Vaccination in Burma 1920-1933 - 1920-1933
Year: 1920
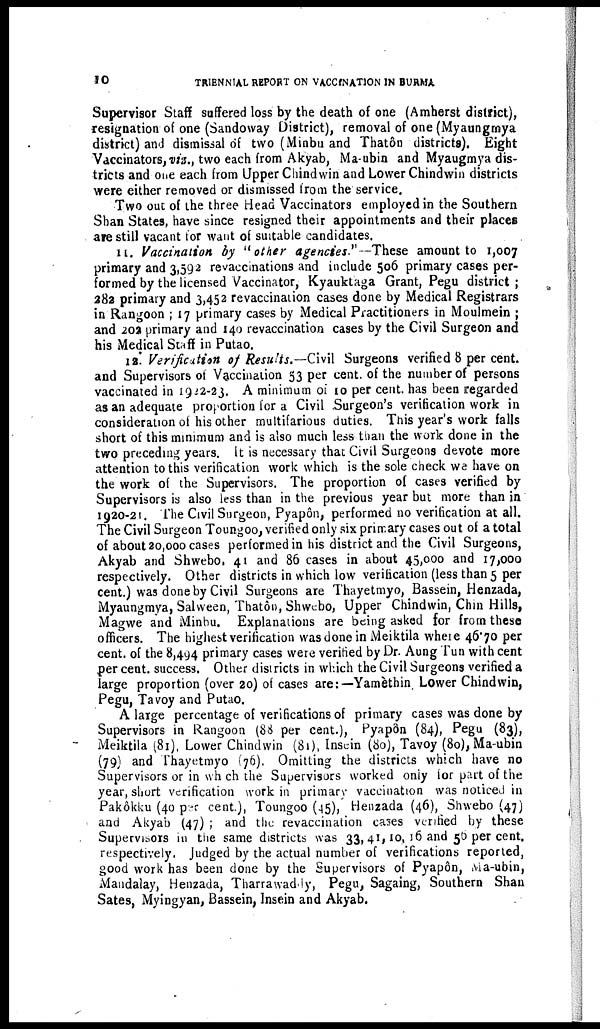
10
TRIENNIAL REPORT ON VACCINATION IN BURMA
Supervisor Staff suffered loss by the death of one (Amherst district),
resignation of one (Sandoway District), removal of one (Myaungmya
district) and dismissal of two (Minbu and Thatôn districts). Eight
Vaccinators, viz., two each from Akyab, Ma-ubin and Myaugmya dis-
tricts and one each from Upper Chindwin and Lower Chindwin districts
were either removed or dismissed from the service.
Two out of the three Head Vaccinators employed in the Southern
Shan States, have since resigned their appointments and their places
are still vacant for want of suitable candidates.
11. Vaccination by "other agencies."— These amount to 1,007
primary and 3,592 revaccinations and include 506 primary cases per-
formed by the licensed Vaccinator, Kyauktaga Grant, Pegu district ;
282 primary and 3,452 revaccination cases done by Medical Registrars
in Rangoon ; 17 primary cases by Medical Practitioners in Moulmein ;
and 202 primary and 140 revaccination cases by the Civil Surgeon and
his Medical Staff in Putao.
12. Verification of Results.—Civil Surgeons verified 8 per cent.
and Supervisors of Vaccination 53 per cent. of the number of persons
vaccinated in 1922-23. A minimum of 10 per cent. has been regarded
as an adequate proportion for a Civil Surgeon's verification work in
consideration of his other multifarious duties. This year's work falls
short of this minimum and is also much less than the work done in the
two preceding years. It is necessary that Civil Surgeons devote more
attention to this verification work which is the sole check we have on
the work of the Supervisors. The proportion of cases verified by
Supervisors is also less than in the previous year but more than in
1920-21. The Civil Surgeon, Pyapôn, performed no verification at all.
The Civil Surgeon Toungoo, verified only six primary cases out of a total
of about 20,000 cases performed in his district and the Civil Surgeons,
Akyab and Shwebo, 41 and 86 cases in about 45,000 and 17,000
respectively. Other districts in which low verification (less than 5 per
cent.) was done by Civil Surgeons are Thayetmyo, Bassein, Henzada,
Myaungmya, Salween, Thatôn, Shwebo, Upper Chindwin, Chin Hills,
Magwe and Minbu. Explanations are being asked for from these
officers. The highest verification was done in Meiktila where 46.70 per
cent. of the 8,494 primary cases were verified by Dr. Aung Tun with cent
per cent. success. Other districts in which the Civil Surgeons verified a
large proportion (over 20) of cases are:—Yamèthin. Lower Chindwin,
Pegu, Tavoy and Putao.
A large percentage of verifications of primary cases was done by
Supervisors in Rangoon (88 per cent.), Pyapôn (84), Pegu (83),
Meiktila (81), Lower Chindwin (81), Insein (80), Tavoy (80), Ma-ubin
(79) and Thayetmyo (76). Omitting the districts which have no
Supervisors or in which the Supervisors worked only for part of the
year, short verification work in primary vaccination was noticed in
Pakôkku (40 per cent.), Toungoo (45), Henzada (46), Shwebo (47)
and Akyab (47) ; and the revaccination cases verified by these
Supervisors in the same districts was 33, 41, 10, 16 and 50 per cent.
respectively. Judged by the actual number of verifications reported,
good work has been done by the Supervisors of Pyapôn, Ma-ubin,
Mandalay, Henzada, Tharrawaddy, Pegu, Sagaing, Southern Shan
Sates, Myingyan, Bassein, Insein and Akyab.